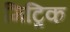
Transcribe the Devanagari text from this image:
मिट्रिक